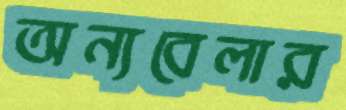
অন্যবেলার